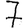
Digit: 7